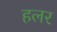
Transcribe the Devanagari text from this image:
हलर